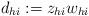
LaTeX: \begin{align*}d_{hi} := z_{hi}w_{hi}\end{align*}